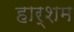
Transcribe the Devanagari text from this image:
हार्शम